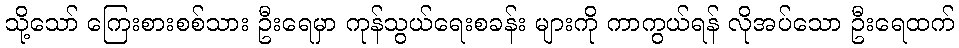
သို့သော် ကြေးစားစစ်သား ဦးရေမှာ ကုန်သွယ်ရေးစခန်း များကို ကာကွယ်ရန် လိုအပ်သော ဦးရေထက်